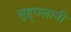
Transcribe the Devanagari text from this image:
मुद्द्पलानी